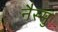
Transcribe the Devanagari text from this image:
नैस्सु